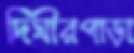
দিঘীরপাড়া